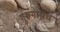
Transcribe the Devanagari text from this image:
गुरूगम्यच